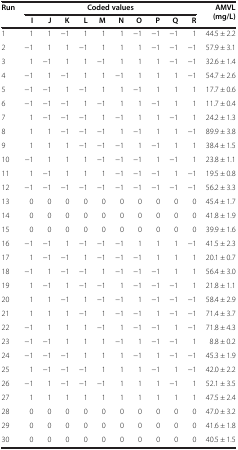
<table><thead><tr><td rowspan="2"><b>Run</b></td><td colspan="10"><b>Coded values</b></td><td rowspan="2"><b>AMVL (mg/L)</b></td></tr><tr><td><b>I</b></td><td><b>J</b></td><td><b>K</b></td><td><b>L</b></td><td><b>M</b></td><td><b>N</b></td><td><b>O</b></td><td><b>P</b></td><td><b>Q</b></td><td><b>R</b></td></tr></thead><tbody><tr><td>1</td><td>1</td><td>1</td><td>−1</td><td>1</td><td>1</td><td>1</td><td>−1</td><td>−1</td><td>−1</td><td>1</td><td>44.5 ± 2.2</td></tr><tr><td>2</td><td>−1</td><td>1</td><td>1</td><td>−1</td><td>1</td><td>1</td><td>1</td><td>−1</td><td>−1</td><td>−1</td><td>57.9 ± 3.1</td></tr><tr><td>3</td><td>1</td><td>−1</td><td>1</td><td>1</td><td>−1</td><td>1</td><td>1</td><td>1</td><td>−1</td><td>−1</td><td>32.6 ± 1.4</td></tr><tr><td>4</td><td>−1</td><td>1</td><td>−1</td><td>1</td><td>1</td><td>−1</td><td>1</td><td>1</td><td>1</td><td>−1</td><td>54.7 ± 2.6</td></tr><tr><td>5</td><td>−1</td><td>−1</td><td>1</td><td>−1</td><td>1</td><td>1</td><td>−1</td><td>1</td><td>1</td><td>1</td><td>17.7 ± 0.6</td></tr><tr><td>6</td><td>−1</td><td>−1</td><td>−1</td><td>1</td><td>−1</td><td>1</td><td>1</td><td>−1</td><td>1</td><td>1</td><td>11.7 ± 0.4</td></tr><tr><td>7</td><td>1</td><td>−1</td><td>−1</td><td>−1</td><td>1</td><td>−1</td><td>1</td><td>1</td><td>−1</td><td>1</td><td>24.2 ± 1.3</td></tr><tr><td>8</td><td>1</td><td>1</td><td>−1</td><td>−1</td><td>−1</td><td>1</td><td>−1</td><td>1</td><td>1</td><td>−1</td><td>89.9 ± 3.8</td></tr><tr><td>9</td><td>1</td><td>1</td><td>1</td><td>−1</td><td>−1</td><td>−1</td><td>1</td><td>−1</td><td>1</td><td>1</td><td>38.4 ± 1.5</td></tr><tr><td>10</td><td>−1</td><td>1</td><td>1</td><td>1</td><td>−1</td><td>−1</td><td>−1</td><td>1</td><td>−1</td><td>1</td><td>23.8 ± 1.1</td></tr><tr><td>11</td><td>1</td><td>−1</td><td>1</td><td>1</td><td>1</td><td>−1</td><td>−1</td><td>−1</td><td>1</td><td>−1</td><td>19.5 ± 0.8</td></tr><tr><td>12</td><td>−1</td><td>−1</td><td>−1</td><td>−1</td><td>−1</td><td>−1</td><td>−1</td><td>−1</td><td>−1</td><td>−1</td><td>56.2 ± 3.3</td></tr><tr><td>13</td><td>0</td><td>0</td><td>0</td><td>0</td><td>0</td><td>0</td><td>0</td><td>0</td><td>0</td><td>0</td><td>45.4 ± 1.7</td></tr><tr><td>14</td><td>0</td><td>0</td><td>0</td><td>0</td><td>0</td><td>0</td><td>0</td><td>0</td><td>0</td><td>0</td><td>41.8 ± 1.9</td></tr><tr><td>15</td><td>0</td><td>0</td><td>0</td><td>0</td><td>0</td><td>0</td><td>0</td><td>0</td><td>0</td><td>0</td><td>39.9 ± 1.6</td></tr><tr><td>16</td><td>−1</td><td>−1</td><td>1</td><td>−1</td><td>−1</td><td>−1</td><td>1</td><td>1</td><td>1</td><td>−1</td><td>41.5 ± 2.3</td></tr><tr><td>17</td><td>1</td><td>−1</td><td>−1</td><td>1</td><td>−1</td><td>−1</td><td>−1</td><td>1</td><td>1</td><td>1</td><td>20.1 ± 0.7</td></tr><tr><td>18</td><td>−1</td><td>1</td><td>−1</td><td>−1</td><td>1</td><td>−1</td><td>−1</td><td>−1</td><td>1</td><td>1</td><td>56.4 ± 3.0</td></tr><tr><td>19</td><td>1</td><td>−1</td><td>1</td><td>−1</td><td>−1</td><td>1</td><td>−1</td><td>−1</td><td>−1</td><td>1</td><td>21.8 ± 1.1</td></tr><tr><td>20</td><td>1</td><td>1</td><td>−1</td><td>1</td><td>−1</td><td>−1</td><td>1</td><td>−1</td><td>−1</td><td>−1</td><td>58.4 ± 2.9</td></tr><tr><td>21</td><td>1</td><td>1</td><td>1</td><td>−1</td><td>1</td><td>−1</td><td>−1</td><td>1</td><td>−1</td><td>−1</td><td>71.4 ± 3.7</td></tr><tr><td>22</td><td>−1</td><td>1</td><td>1</td><td>1</td><td>−1</td><td>1</td><td>−1</td><td>−1</td><td>1</td><td>−1</td><td>71.8 ± 4.3</td></tr><tr><td>23</td><td>−1</td><td>−1</td><td>1</td><td>1</td><td>1</td><td>−1</td><td>1</td><td>−1</td><td>−1</td><td>1</td><td>8.8 ± 0.2</td></tr><tr><td>24</td><td>−1</td><td>−1</td><td>−1</td><td>1</td><td>1</td><td>1</td><td>−1</td><td>1</td><td>−1</td><td>−1</td><td>45.3 ± 1.9</td></tr><tr><td>25</td><td>1</td><td>−1</td><td>−1</td><td>−1</td><td>1</td><td>1</td><td>1</td><td>−1</td><td>1</td><td>−1</td><td>42.0 ± 2.2</td></tr><tr><td>26</td><td>−1</td><td>1</td><td>−1</td><td>−1</td><td>−1</td><td>1</td><td>1</td><td>1</td><td>−1</td><td>1</td><td>52.1 ± 3.5</td></tr><tr><td>27</td><td>1</td><td>1</td><td>1</td><td>1</td><td>1</td><td>1</td><td>1</td><td>1</td><td>1</td><td>1</td><td>47.5 ± 2.4</td></tr><tr><td>28</td><td>0</td><td>0</td><td>0</td><td>0</td><td>0</td><td>0</td><td>0</td><td>0</td><td>0</td><td>0</td><td>47.0 ± 3.2</td></tr><tr><td>29</td><td>0</td><td>0</td><td>0</td><td>0</td><td>0</td><td>0</td><td>0</td><td>0</td><td>0</td><td>0</td><td>41.6 ± 1.8</td></tr><tr><td>30</td><td>0</td><td>0</td><td>0</td><td>0</td><td>0</td><td>0</td><td>0</td><td>0</td><td>0</td><td>0</td><td>40.5 ± 1.5</td></tr></tbody></table>